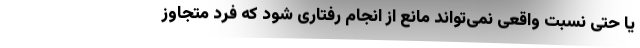
یا حتی نسبت واقعی نمی‌تواند مانع از انجام رفتاری شود که فرد متجاوز